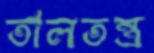
তালতন্ত্র